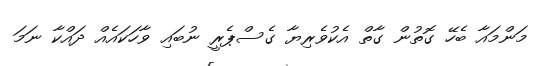
މަންމައާ ބެހޭ ގޮތުން ގާތް އެކުވެރިޔާ ގެސްޕެރީ ނުބައި ވާހަކައެއް ދައްކާ ނަމަ